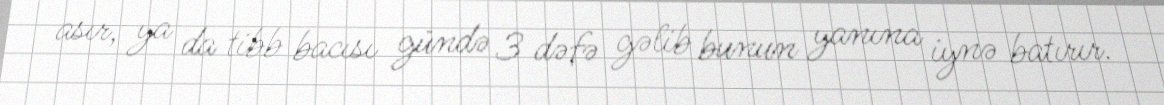
asır, ya da tibb bacısı gündə 3 dəfə gəlib bunun yanına iynə batırır.